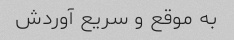
به موقع و سریع آوردش